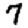
Digit: 7